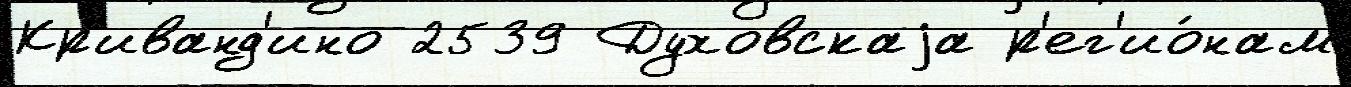
Кр'иванд'ино 2539 Духовскаjа р'ег'ио́нам